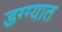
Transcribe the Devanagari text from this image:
डग्ग्यात